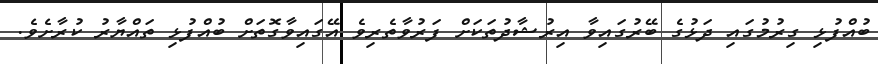
ބުއްފުޅި ގިރުމުގައި ދަޅުގެ ބޭރުގައިވާ އިރުޝާދުތަކަށް ފަރުވާތެރިވެ އޭގައިވާގޮތަށް ބުއްފުޅި ތައްޔާރު ކުރާށެވެ.